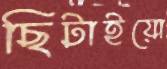
ছিটাইয়ো